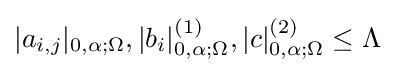
|a_{i,j}|_{0,\alpha ;\Omega },|b_{i}|_{0,\alpha ;\Omega }^{(1)},|c|_{0,\alpha ;\Omega }^{(2)}\leq \Lambda